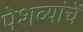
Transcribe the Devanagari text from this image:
पेशव्यांचें